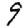
Digit: 9